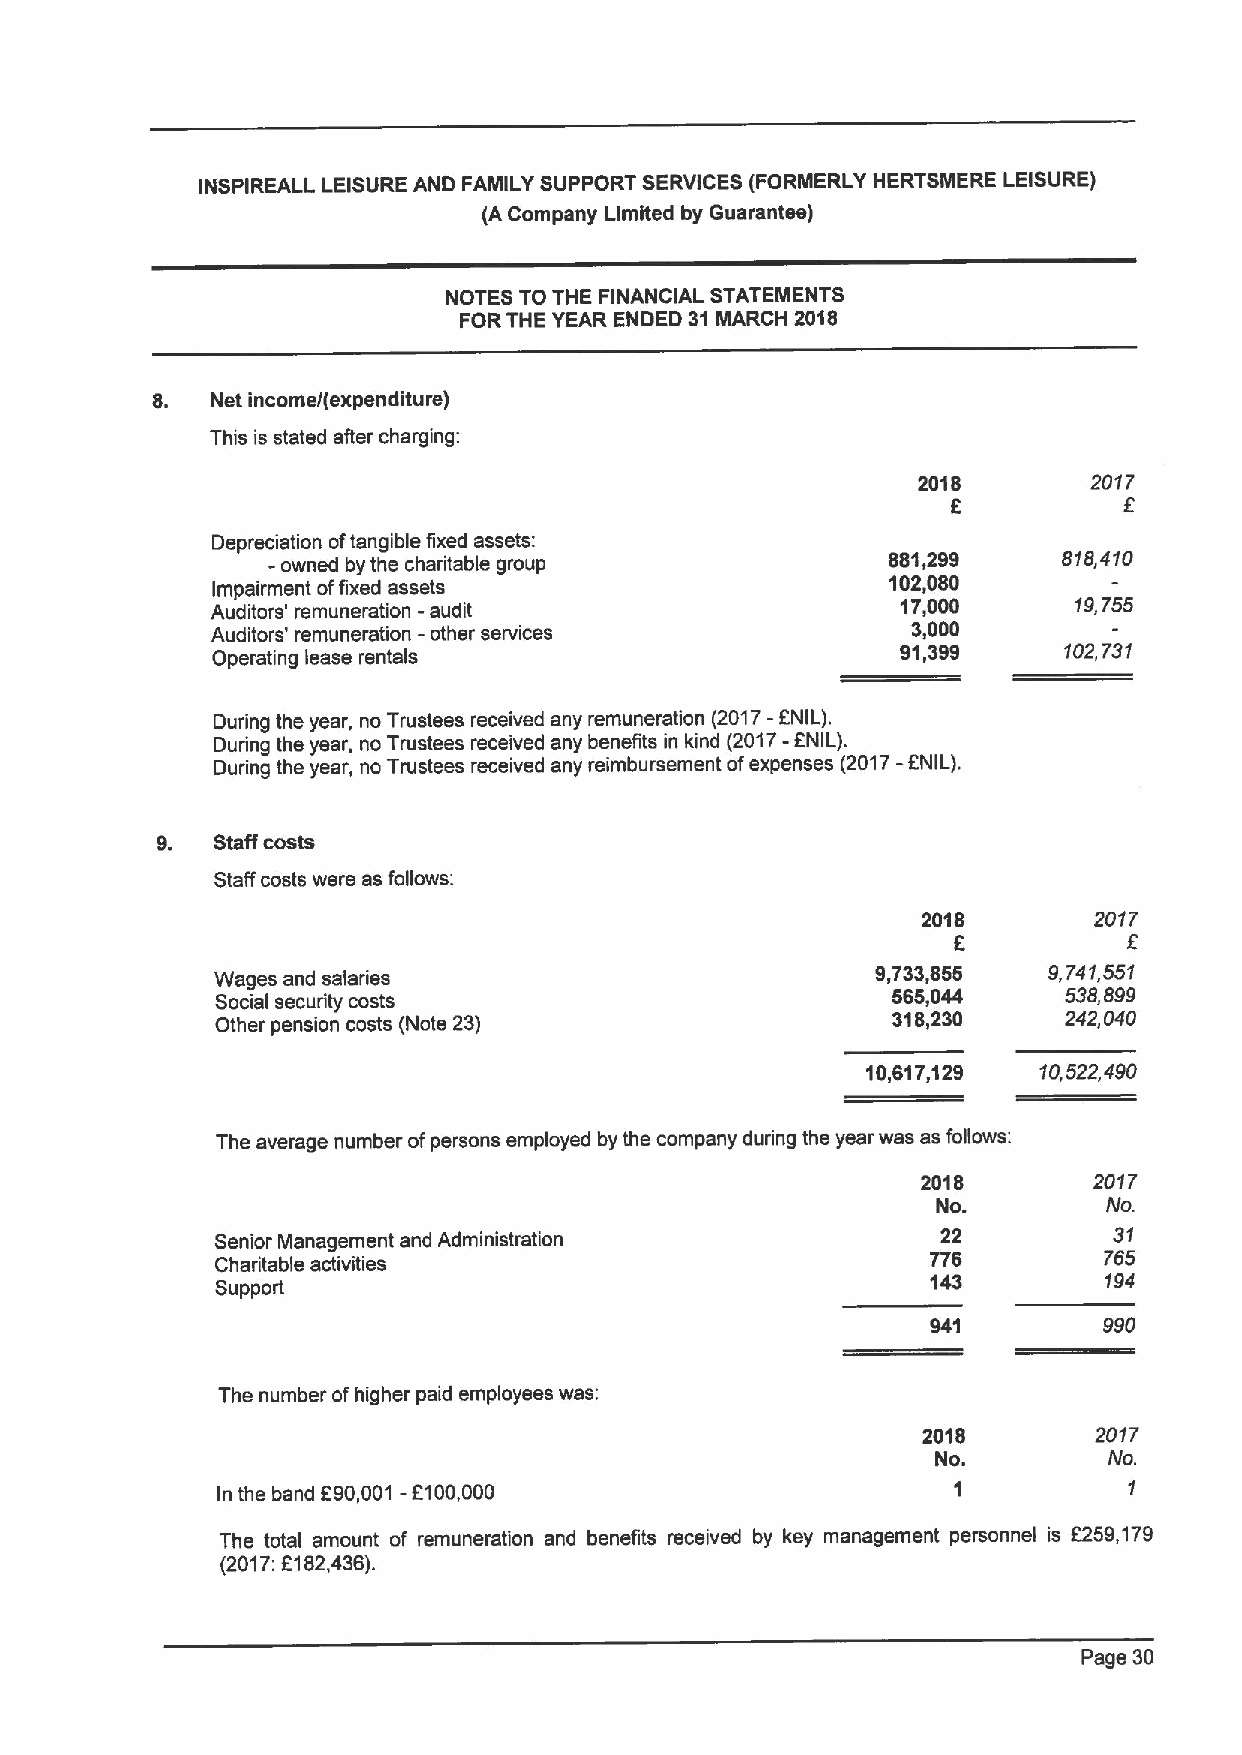
INSPIREALL LEISURE AND FAMILY SUPPORT SERVICES (FORMERLY HERTSMERE LEISURE)
 (A Company Limited by Guarantee)
 NOTES TO THE FINANCIAL STATEMENTS
 FORTHE YEAR ENDED 31 NIARCH 2018
 8.  Net income/(expenditure)
 This is stated afier charging:
 2018       2017
 f.
 Depreciation oftangible fixed assets:
 - owned by the charitable group          881,299    818,410
 Impairment offixed assets                    102,080
 -                               17,000     19,755
 Auditors' remuneration audit
 Auditors' remuneration - other services       3,000
 Operating lease rentals                       91,399    102,731
 During the year, no Trustees received any remuneration
 (2017-
 ENIL).
 During the year, no Trustees received any benefits in kind
 (2017-
 ANIL). -f
 During the year, no Trustees received any reimbursement ofexpenses (2017 NIL).
 9.  Staff coats
 Staff costs were as follows:
 2018       2017
 E
 Wages and salaries                          9,733,855  9,741,551
 Social security costs                        565,044     538,599
 Other pension costs (Note 23)                318,230     242,040
 10,617,129  10,522,490
 The average number ofpersons employed by the company during the year was as follows:
 2018       2017
 No.        No.
 Senior Management and Administration            22          31
 776        755
 Charitable activities
 143        194
 Support
 941        990
 The number ofhigher paid employees was;
 2018       2017
 No.        No.
 In the band f 90,001 - 5100,000                  1           1
 The total amount of remuneration and benefits received by key management personnel is 5259,179
 (2017:5182,436).
 Page 30